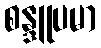
စန္ဒူပမာ